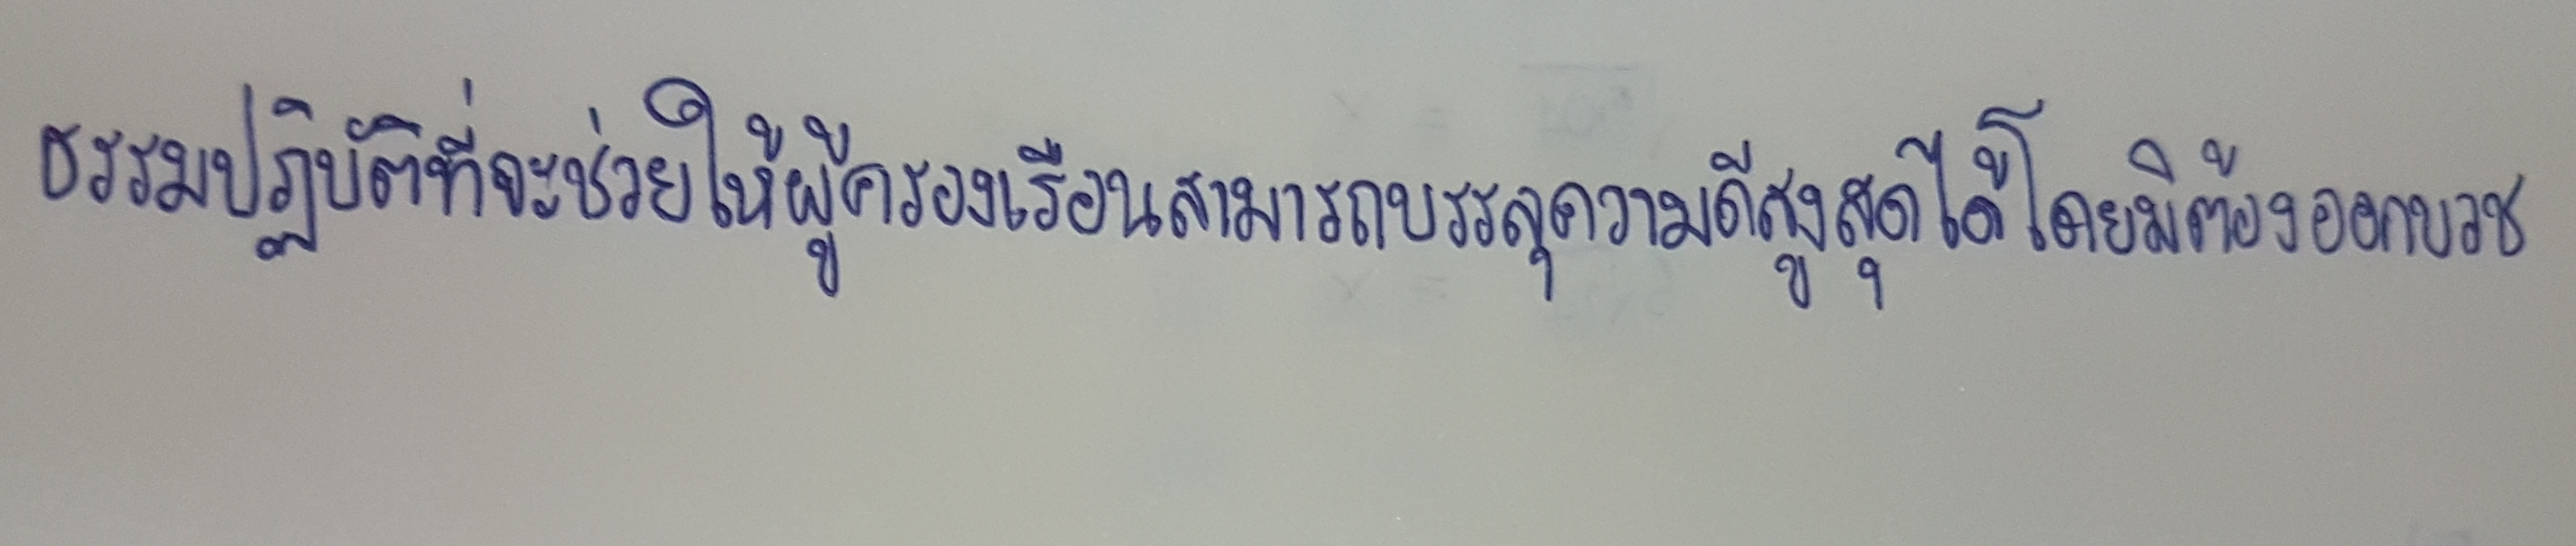
ธรรมปฏิบัติที่จะช่วยให้ผู้ครองเรือนสามารถบรรลุความดีสูงสุดได้โดยมิต้องออกบวช